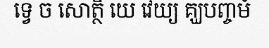
ទ្វេ ច សោត្ថិ យេ វេយ្យ គ្ឃបញ្ចមំ